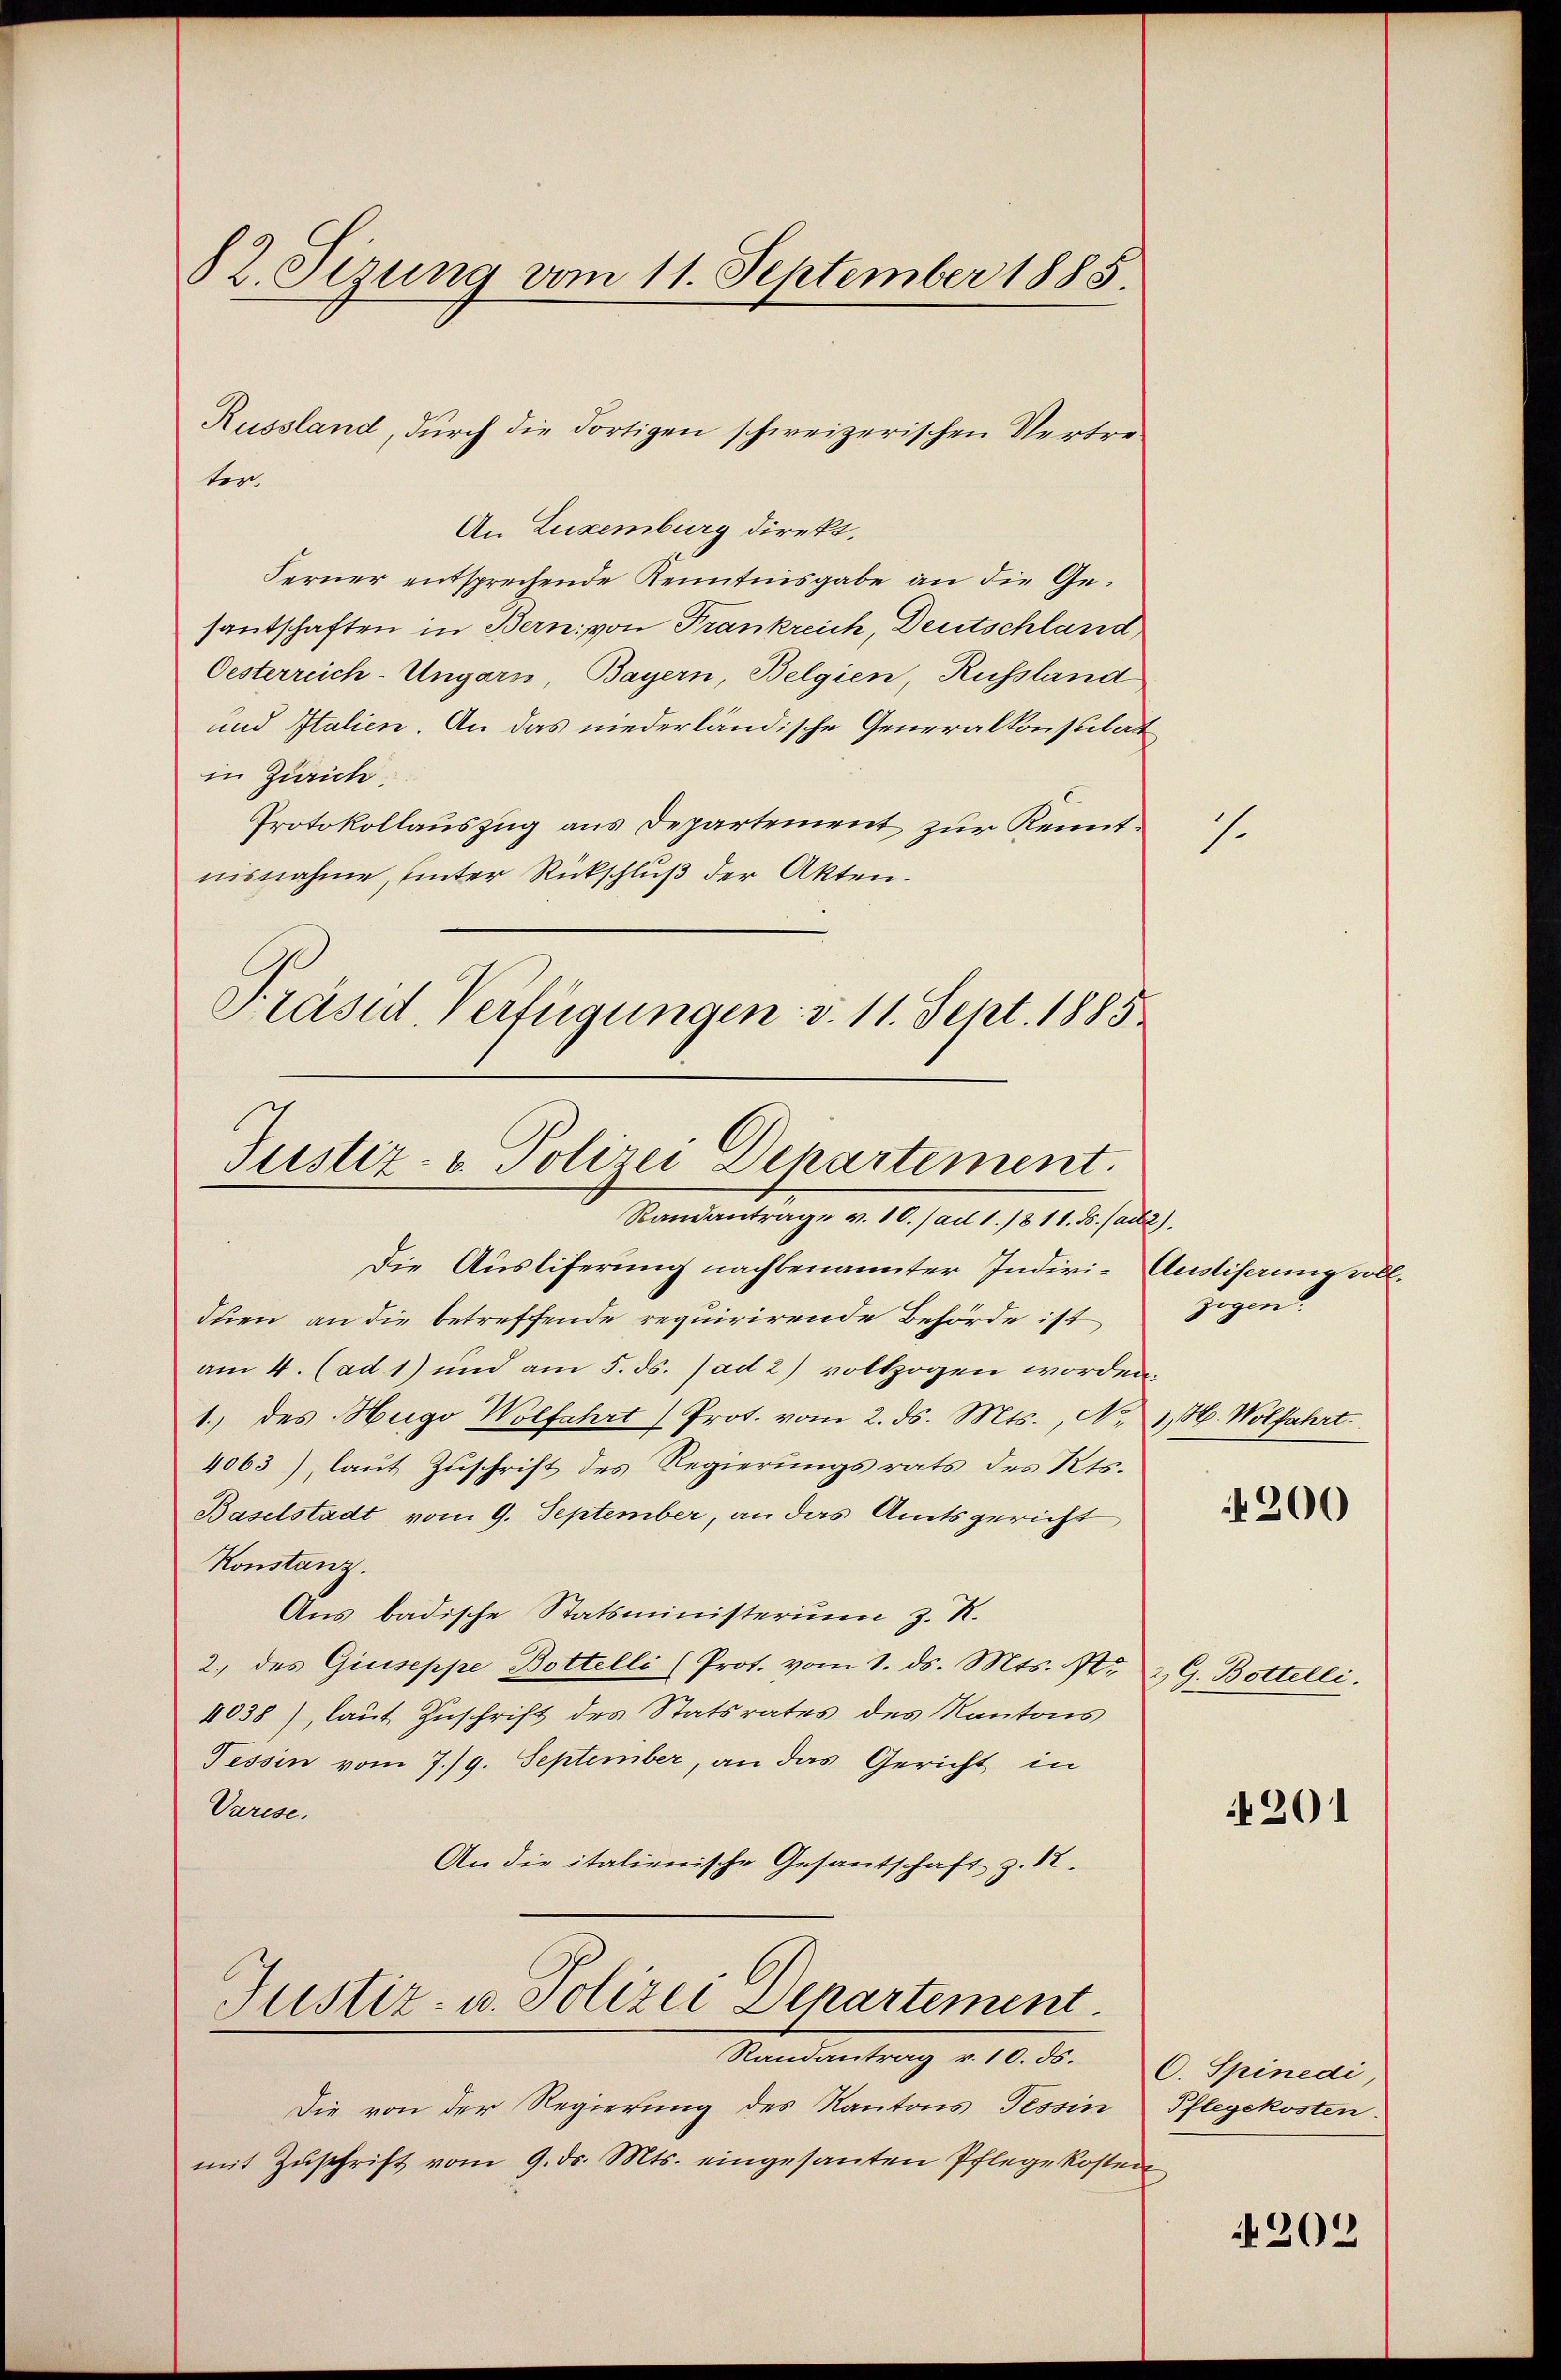
82. Sizung vom 11. September 1885.

ter.
An Luxenburg direkt.
Ferner entsprechende Kenntnisgabe an die Gesantschaften in Bern; von Frankreich, Deutschland
Oesterreich-Ungarn, Bayern, Belgien, Russland
und Italien. An das niederländische Generalkonsulat
in Zürich.
Protokollauszug aus Departement zur Kennt.
nisnahme, unter Rückschluß der Akten.
Präsid. Verfügungen v. 11. Sept. 1885

Russland, durch die dortigen schweizerischen Vertre¬

Justiz- u. Polizei Departement.
Randantrage v. 10./ ad 1./811. ds. (act2).

Die Ausliferung nachbenannter Indivi- Ausliserung vollduen, an die betreffende requirirende Behörde ist
am 4. (ad 1) und am 5. ds. (ad 2) vollzogen worden.
1.) des Hugo Wolfahrt Prot. vom 2. ds. Mts., No. 1. Wolfahrt
4063), laut Zuschrift des Regierungsrats des Kts.
Baselstadt vom 9. September, an das Amtsgericht
Konstanz.
Aus badische Statsministerium z. R.
2. des Giuseppe Bottelli (Prot. vom 1. ds. Mts. N. Z. G. Bottelli.
4038), laut Zuschrift des Statsrates des Kantons
Tessin vom 7./9. September, an das Gericht in
Varese.
An die italienische Gesantschaft z. 12.

Justiz- u. Polizei Departement.
Randantrag v. 10. ds.

Die von der Regierung des Kantons Tessin
mit Zŭschrift vom 9. ds. Mts. eingesanten Pflegekosten

zogen

200

201

C. Spinedi
Pflegekosten.

N 202